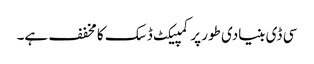
سی ڈی بنیادی طور پر کمپیکٹ ڈسک کا مخفف ہے۔